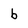
Character: b